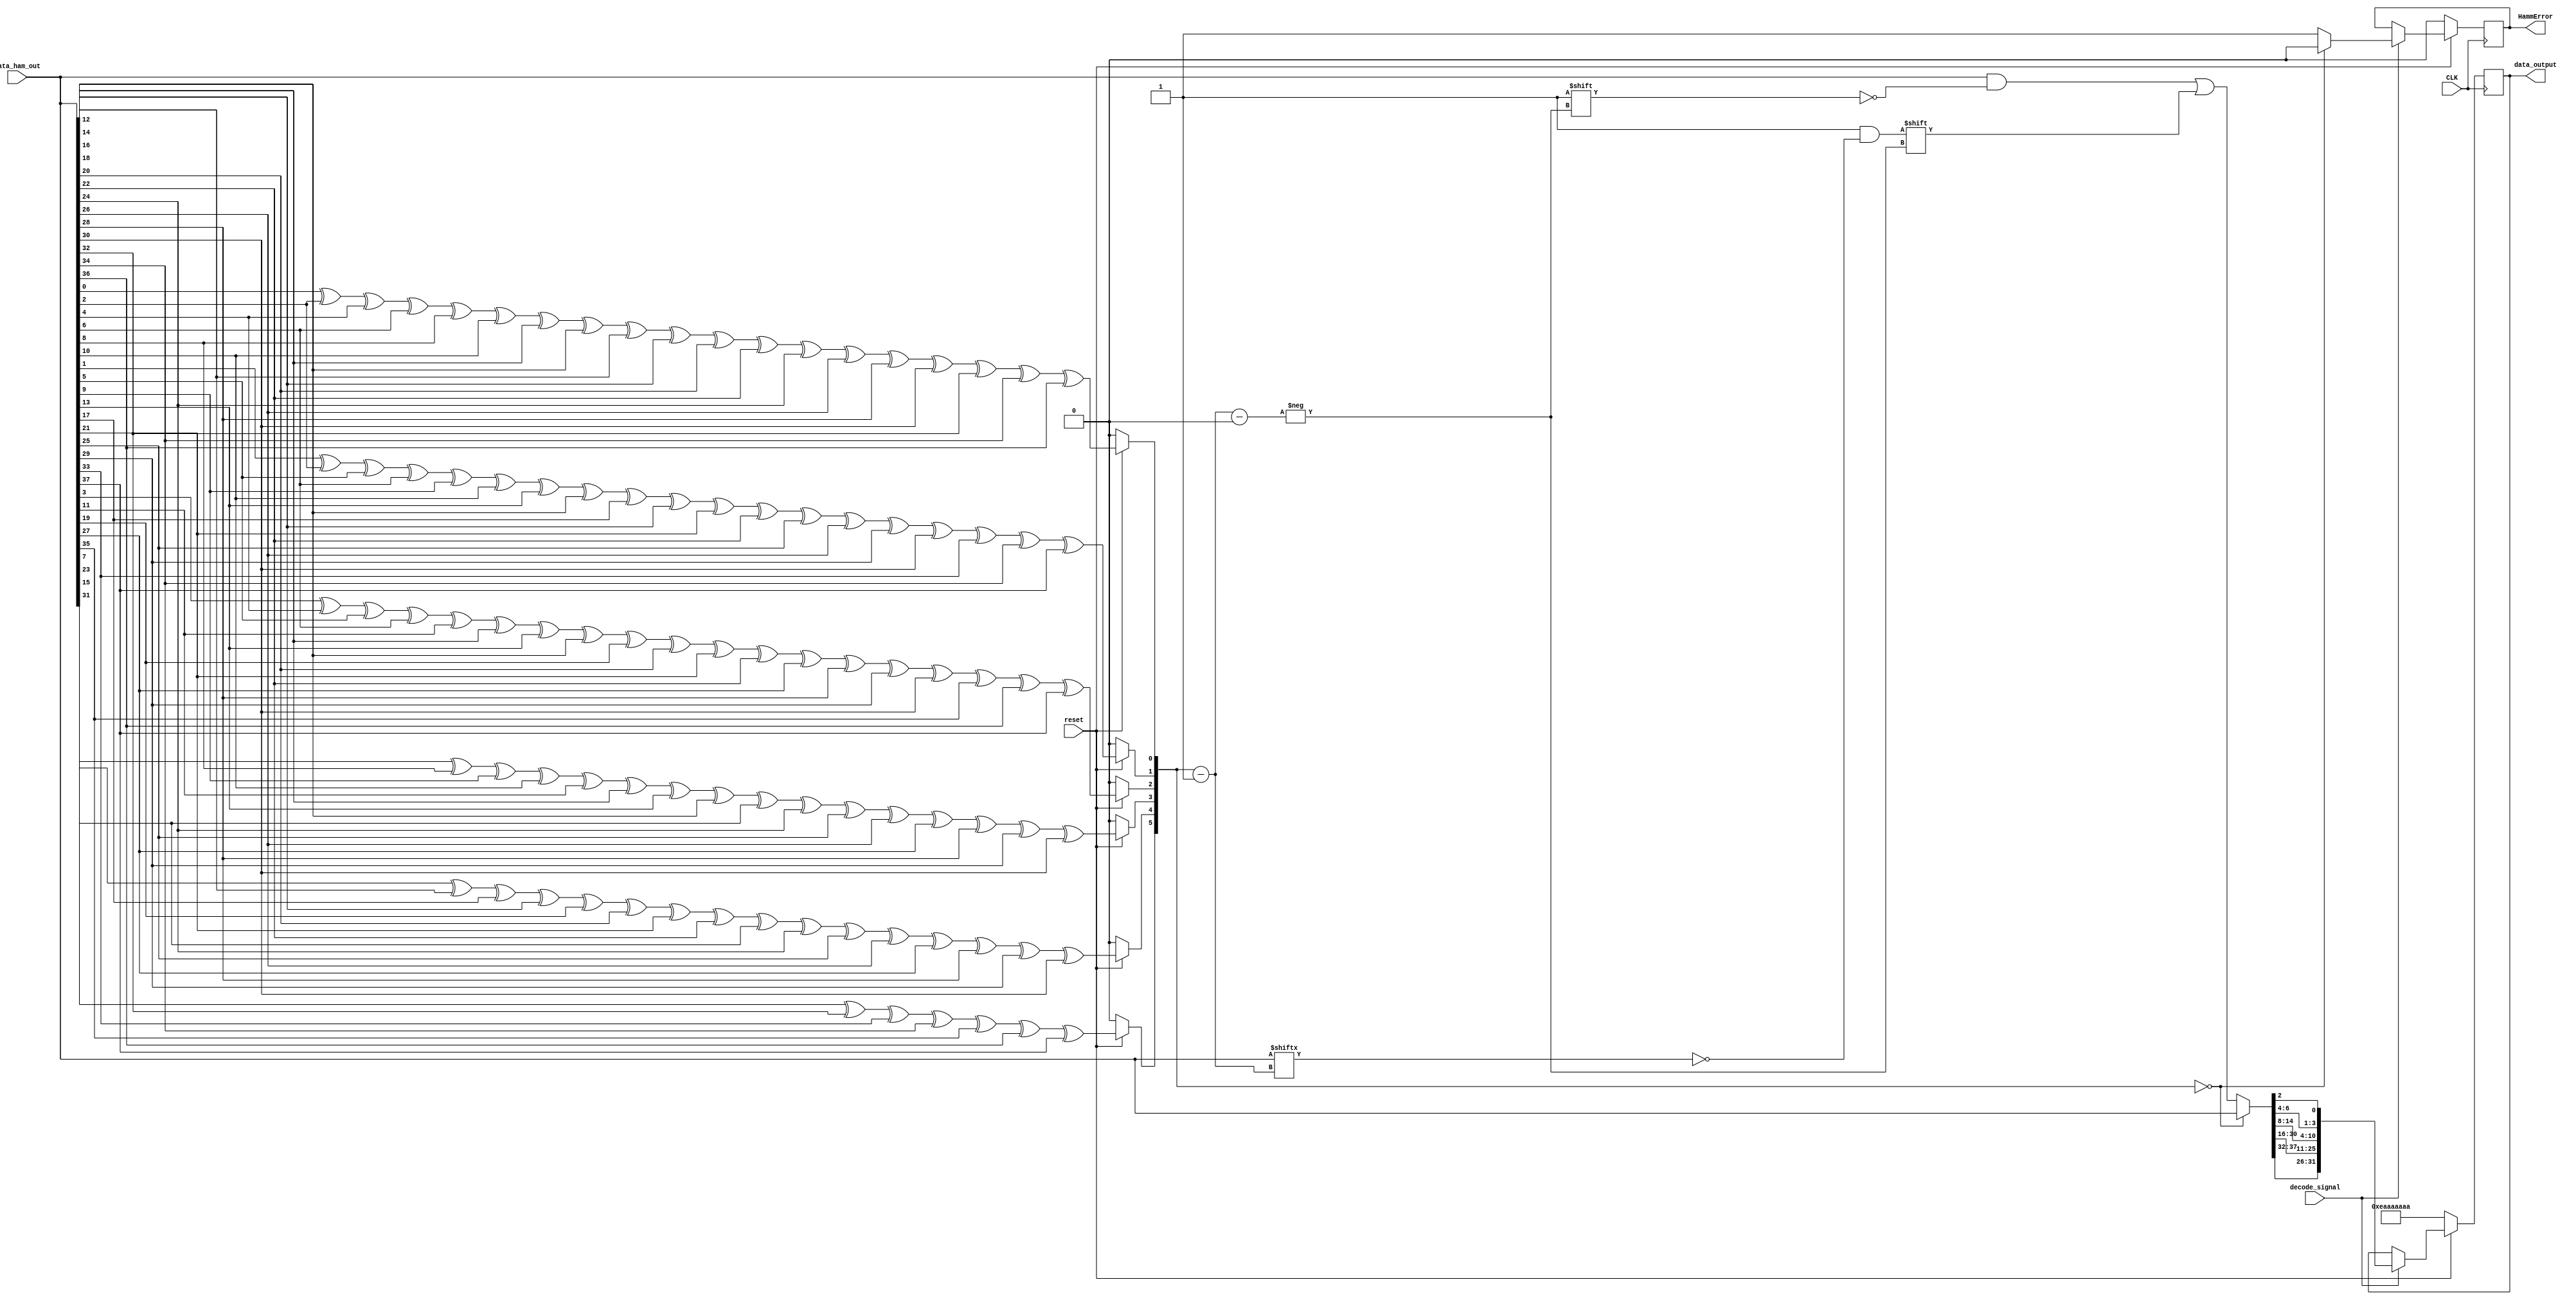
// ********************************************************************************************************
//				 -*- Mode: Verilog -*-
//	Module:	FIFO - Hamming Decoding
//	
//	Input:	- CLK: LiTe-DTU clock
//		- reset: 1'b0 LiTe-DTU INACTIVE- 1'b1: LiTe-DTU ACTIVE
//		- decode_signal: start decoding data: 38bit -> 32 bit
//		- data_ham_out: 38 bit data
//
//	Output:	- data_output: 32 bit data - corrected
//		- HammError: 
//
// ********************************************************************************************************

`timescale  1ns/1ps

module Hamm_RX (
	CLK,
	reset,
	decode_signal,
	data_ham_out,
	data_output,
	HammError
	);


// Internal constants
	parameter Nbits_32 = 32;
	parameter Nbits_ham = 38;

// Input ports
	input CLK;
	input reset;
	input [Nbits_ham-1:0] data_ham_out;
	input decode_signal;

// Output ports
	output reg [Nbits_32-1:0] data_output;
	output reg HammError;

// Internal variables
	//reg [5:0] error_position; // parity bit collected here
	reg [Nbits_ham-1:0] data_ham_corrected;

	wire [5:0] error_position; // parity bit collected here
	wire e0, e1, e2, e3, e4, e5;



assign e0 = (reset == 1'b0) ? 1'b0 : data_ham_out[0] ^ data_ham_out[2] ^ data_ham_out[4] ^ data_ham_out[6] ^ data_ham_out[8] ^ data_ham_out[10] ^ data_ham_out[12] ^ data_ham_out[14] ^ data_ham_out[16] ^ data_ham_out[18] ^ data_ham_out[20] ^ data_ham_out[22] ^ data_ham_out[24] ^ data_ham_out[26] ^ data_ham_out[28] ^ data_ham_out[30] ^ data_ham_out[32] ^ data_ham_out[34] ^ data_ham_out[36];
assign e1 = (reset == 1'b0) ? 1'b0 : data_ham_out[1] ^ data_ham_out[2] ^ data_ham_out[5] ^ data_ham_out[6] ^ data_ham_out[9] ^ data_ham_out[10] ^ data_ham_out[13] ^ data_ham_out[14] ^ data_ham_out[17] ^ data_ham_out[18] ^ data_ham_out[21] ^ data_ham_out[22] ^ data_ham_out[25] ^ data_ham_out[26] ^ data_ham_out[29] ^ data_ham_out[30] ^ data_ham_out[33] ^ data_ham_out[34] ^ data_ham_out[37];
assign e2 = (reset == 1'b0) ? 1'b0 : data_ham_out[3] ^ data_ham_out[4] ^ data_ham_out[5] ^ data_ham_out[6] ^ data_ham_out[11] ^ data_ham_out[12] ^ data_ham_out[13] ^ data_ham_out[14] ^ data_ham_out[19] ^ data_ham_out[20] ^ data_ham_out[21] ^ data_ham_out[22] ^ data_ham_out[27] ^ data_ham_out[28] ^ data_ham_out[29] ^ data_ham_out[30] ^ data_ham_out[35] ^ data_ham_out[36] ^ data_ham_out[37];
assign e3 = (reset == 1'b0) ? 1'b0 : data_ham_out[7] ^ data_ham_out[8] ^ data_ham_out[9] ^ data_ham_out[10] ^ data_ham_out[11] ^ data_ham_out[12] ^ data_ham_out[13] ^ data_ham_out[14] ^ data_ham_out[23] ^ data_ham_out[24] ^ data_ham_out[25] ^ data_ham_out[26] ^ data_ham_out[27] ^ data_ham_out[28] ^ data_ham_out[29] ^ data_ham_out[30];
assign e4 = (reset == 1'b0) ? 1'b0 : data_ham_out[15] ^ data_ham_out[16] ^ data_ham_out[17] ^ data_ham_out[18] ^ data_ham_out[19] ^ data_ham_out[20] ^ data_ham_out[21] ^ data_ham_out[22] ^ data_ham_out[23]^ data_ham_out[24] ^ data_ham_out[25] ^ data_ham_out[26] ^ data_ham_out[27] ^ data_ham_out[28] ^ data_ham_out[29] ^ data_ham_out[30];
assign e5 = (reset == 1'b0) ? 1'b0 : data_ham_out[31] ^ data_ham_out[32] ^ data_ham_out[33] ^ data_ham_out[34] ^ data_ham_out[35] ^ data_ham_out[36] ^ data_ham_out[37];

assign error_position = {e5, e4, e3, e2, e1, e0};


	always @(posedge CLK) begin
		if (reset == 1'b0) begin
			HammError = 1'b0;
			data_output = 32'b11101010101010101010101010101010;
		end else begin
			if (decode_signal == 1'b1) begin
				data_ham_corrected = data_ham_out;
				if (error_position == 6'b0) begin
					HammError = 1'b0;
				end else begin
					HammError = 1'b1;
					data_ham_corrected[error_position-6'b1] = ~ data_ham_out[error_position-6'b1];
				end
				data_output = {data_ham_corrected[37], data_ham_corrected[36], data_ham_corrected[35], data_ham_corrected[34], data_ham_corrected[33], data_ham_corrected[32], data_ham_corrected[30], data_ham_corrected[29], data_ham_corrected[28], data_ham_corrected[27], data_ham_corrected[26], data_ham_corrected[25], data_ham_corrected[24], data_ham_corrected[23], data_ham_corrected[22], data_ham_corrected[21], data_ham_corrected[20], data_ham_corrected[19], data_ham_corrected[18], data_ham_corrected[17], data_ham_corrected[16], data_ham_corrected[14], data_ham_corrected[13], data_ham_corrected[12], data_ham_corrected[11], data_ham_corrected[10], data_ham_corrected[9], data_ham_corrected[8], data_ham_corrected[6], data_ham_corrected[5], data_ham_corrected[4], data_ham_corrected[2]};
			end
		end
	end

endmodule